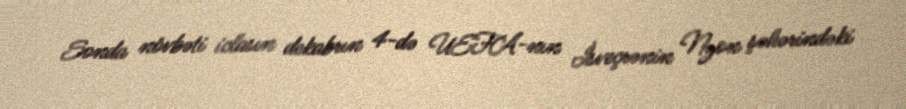
Sonda növbəti iclasın dekabrın 4-də UEFA-nın İsveçrənin Nyon şəhərindəki